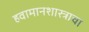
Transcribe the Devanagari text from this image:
हवामानशास्त्राचा